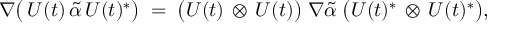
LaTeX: \nabla \bigl ( \, U ( t ) \, \tilde { \alpha } \, U ( t ) ^ { * } \bigr ) \; = \; \bigl ( U ( t ) \, \otimes \, U ( t ) \bigr ) \; \nabla \tilde { \alpha } \; \bigl ( U ( t ) ^ { * } \, \otimes \, U ( t ) ^ { * } \bigr ) ,